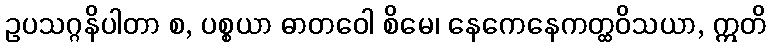
ဥပသဂ္ဂနိပါတာ စ, ပစ္စယာ ဓာတဝေါ စိမေ၊ နေကေနေကတ္ထဝိသယာ, ဣတိ